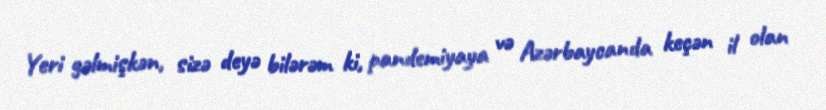
Yeri gəlmişkən, sizə deyə bilərəm ki, pandemiyaya və Azərbaycanda keçən il olan